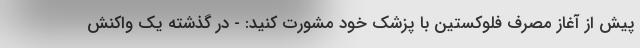
پیش از آغاز مصرف فلوکستین با پزشک خود مشورت کنید: - در گذشته یک واکنش